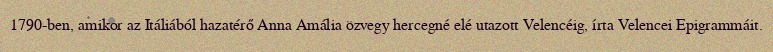
1790-ben, amikor az Itáliából hazatérő Anna Amália özvegy hercegné elé utazott Velencéig, írta Velencei Epigrammáit.